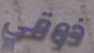
ذوقي